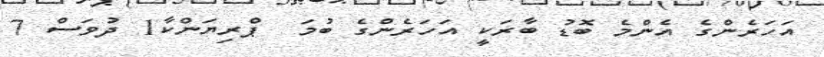
އަހަރެންގެ އެންމެ ބޮޑު ބާރަކީ އަހަރެންގެ ބުމަ  ޕްރިޔަންކާ1 ދުވަސް 7